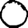
Digit: 0